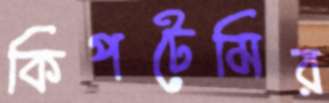
কিপটেমির